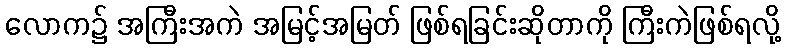
လောက၌ အကြီးအကဲ အမြင့်အမြတ် ဖြစ်ရခြင်းဆိုတာကို ကြီးကဲဖြစ်ရလို့